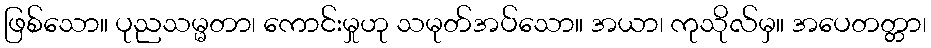
ဖြစ်သော။ ပုညသမ္မတာ၊ ကောင်းမှုဟု သမုတ်အပ်သော။ အယာ၊ ကုသိုလ်မှ။ အပေတတ္တာ၊